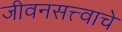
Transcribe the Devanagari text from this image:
जीवनसत्त्वाचे